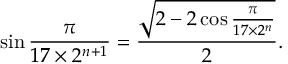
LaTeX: \sin { \frac { \pi } { 1 7 \times 2 ^ { n + 1 } } } = { \frac { \sqrt { 2 - 2 \cos { \frac { \pi } { 1 7 \times 2 ^ { n } } } } } { 2 } } .